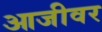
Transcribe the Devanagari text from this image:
आजीवर